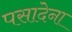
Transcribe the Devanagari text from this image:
पसादेना